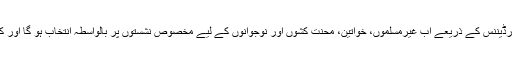
گورنر پنجاب کی جانب سے اس سال 17 جولائی کو نافذ کیے جانے والے ترمیمی آرڈیننس کے ذریعے اب غیرمسلموں، خواتین، محنت کشوں اور نوجوانوں کے لیے مخصوص نشستوں پر بالواسطہ انتخاب ہو گا اور کونسل کے چیئرمین، وائس چیئرمین اور دیگر ارکان ان نشستوں پر انتخاب کریں گے۔